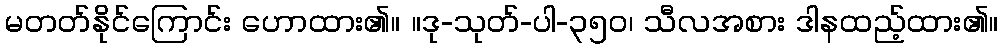
မတတ်နိုင်ကြောင်း ဟောထား၏။ ။ဒု-သုတ်-ပါ-၃၅၀၊ သီလအစား ဒါနထည့်ထား၏။